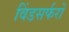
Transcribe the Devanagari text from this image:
विंडसर्फरों